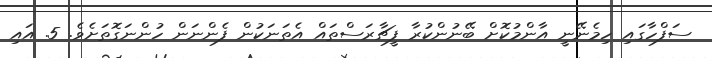
ސަފްހާގައި ހިމެނޭނީ އާންމުކޮށް ބޭނުންކުރާ ފީޗާރަސްތައް އެތަނަކުން ފެންނަން ހުންނަގޮތަށެވެ. 5. އައި